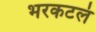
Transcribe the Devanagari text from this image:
भरकटलं